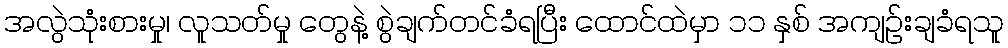
အလွဲသုံးစားမှု၊ လူသတ်မှု တွေနဲ့ စွဲချက်တင်ခံရပြီး ထောင်ထဲမှာ ၁၁ နှစ် အကျဉ်းချခံရသူ